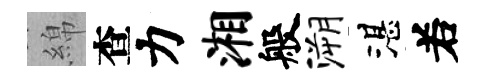
綿查力湘般溯湛𠰥